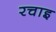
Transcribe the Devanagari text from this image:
रचाइ